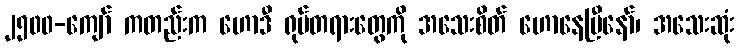
၂၅၀၀-ကျော် ကတည်းက ဟောဒီ ရုပ်တရားတွေကို အသေးစိတ် ဟောနေပြီနော်၊ အသေးဆုံး